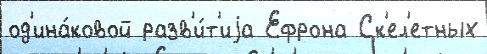
од'ина́ковой разв'и́т'иjа Ефрона Ск'ел'етных